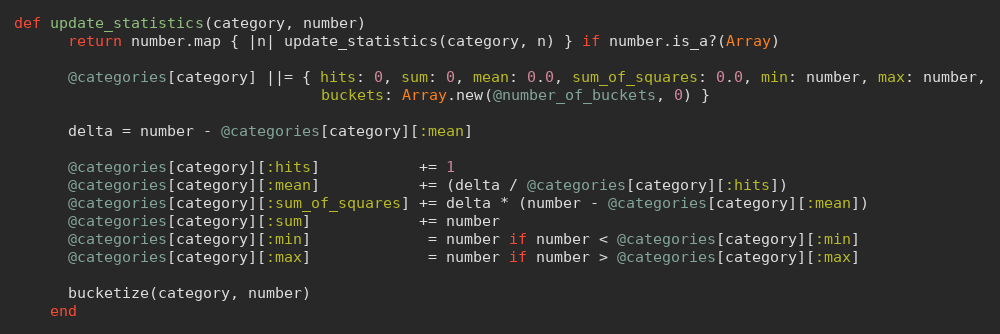
Language: Ruby
def update_statistics(category, number)
      return number.map { |n| update_statistics(category, n) } if number.is_a?(Array)

      @categories[category] ||= { hits: 0, sum: 0, mean: 0.0, sum_of_squares: 0.0, min: number, max: number,
                                  buckets: Array.new(@number_of_buckets, 0) }

      delta = number - @categories[category][:mean]

      @categories[category][:hits]           += 1
      @categories[category][:mean]           += (delta / @categories[category][:hits])
      @categories[category][:sum_of_squares] += delta * (number - @categories[category][:mean])
      @categories[category][:sum]            += number
      @categories[category][:min]             = number if number < @categories[category][:min]
      @categories[category][:max]             = number if number > @categories[category][:max]

      bucketize(category, number)
    end